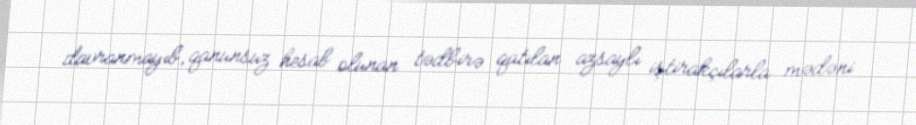
davranmayıb, qanunsuz hesab olunan tədbirə qatılan azsaylı iştirakçılarla mədəni